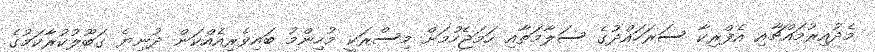
މެދުއިރުމައްޗާއި އެފްރިކާ ސަރަހައްދުގެ ސަލާމަތާއި ހަމަޖެހުމަށް މިސްރަކީ މުހިންމު ބައިވެރިއެއްކަން ދުނިޔެ ގަބޫލުކުރާކަމުގެ